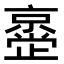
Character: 𫢂